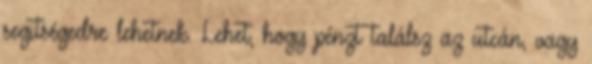
segitségedre lehetnek. Lehet, hogy pénzt találsz az utcán, vagy